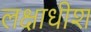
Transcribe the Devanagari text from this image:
लक्षाधीश